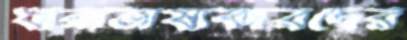
ধারাভাষ্যকারদের